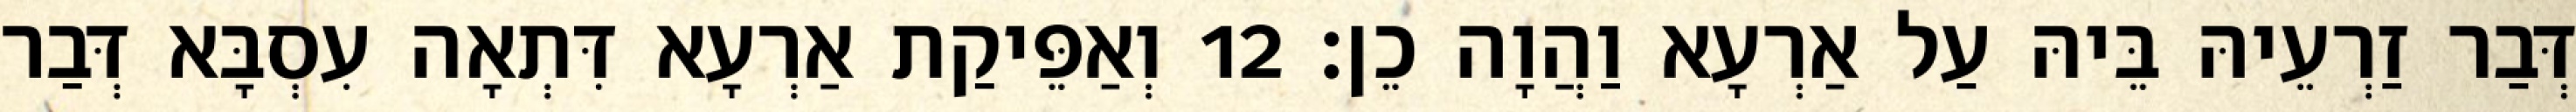
דְּבַר זַרְעֵיהּ בֵּיהּ עַל אַרְעָא וַהֲוָה כֵן׃ 12 וְאַפֵּיקַת אַרְעָא דִּתְאָה עִסְבָּא דְּבַר